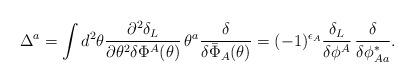
LaTeX: \begin{align*}\Delta^a = \int d^2 \theta \frac{\partial^2 \delta_L}{\partial \theta^2 \delta \Phi^A(\theta)} \,\theta^a \frac{\delta}{\delta \bar{\Phi}_A(\theta)} = (-1)^{\epsilon_A} \frac{\delta_L}{ \delta \phi^A} \, \frac{\delta}{ \delta \phi_{A a}^*}.\end{align*}